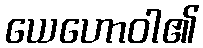
ယေဟောဝါ၏